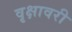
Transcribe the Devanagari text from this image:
वृक्षावरी